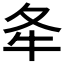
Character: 𡕘